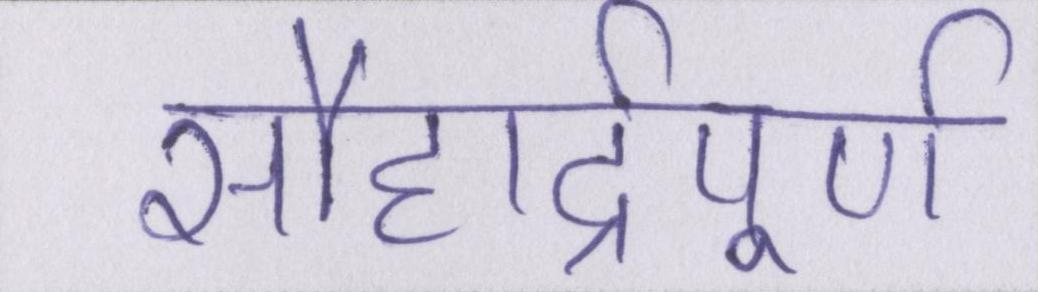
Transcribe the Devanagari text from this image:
सौहार्द्रपूर्ण